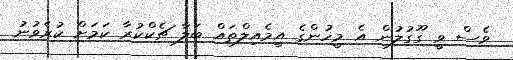
ވެސް ވީ ގޫގުލުން އެ މީހުންގެ އީމެއިލްތައް ބަލާ ޗެކްކުރާ ކަމަށް ކުރެވުނު